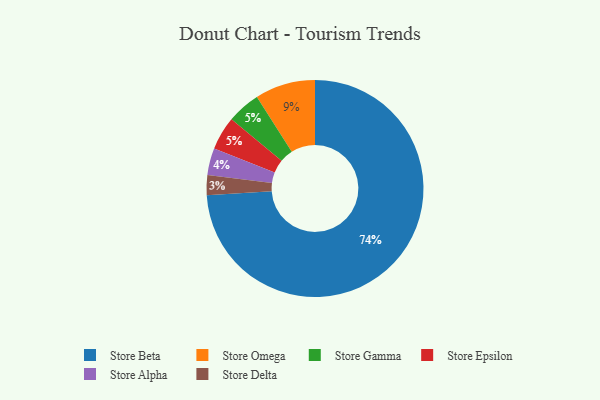
{"axis": {"x": "Category", "y": "Percentage"}, "legend": ["Store Alpha", "Store Beta", "Store Delta", "Store Epsilon", "Store Gamma", "Store Omega"], "data": [{"x": "Store Beta", "y": 74, "type": "Store Beta"}, {"x": "Store Gamma", "y": 5, "type": "Store Gamma"}, {"x": "Store Delta", "y": 3, "type": "Store Delta"}, {"x": "Store Alpha", "y": 4, "type": "Store Alpha"}, {"x": "Store Epsilon", "y": 5, "type": "Store Epsilon"}, {"x": "Store Omega", "y": 9, "type": "Store Omega"}]}